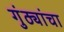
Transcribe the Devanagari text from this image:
गुंठ्यांचा